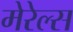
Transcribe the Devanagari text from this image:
मेरेल्स